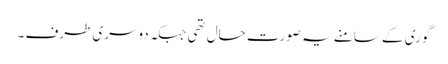
گوری کے سامنے یہ صورتِ حال تھی جبکہ دوسری طرف ۔